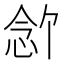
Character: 𪫶